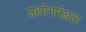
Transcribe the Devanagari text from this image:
उद्योगमंडल